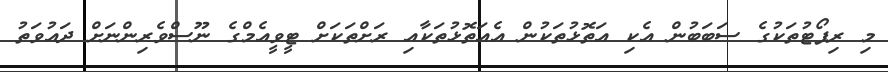
މި ރިޕޯޓުތަކުގެ ސަބަބުން އެކި އަތޮޅުތަކުން އެއަތޮޅުތަކާއި ރަށްތަކަށް ޓީވީއެމްގެ ނޫސްވެރިންނަށް ދައުވަތު